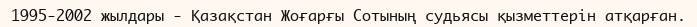
1995-2002 жылдары - Қазақстан Жоғарғы Сотының судьясы қызметтерін атқарған.